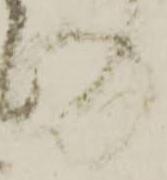
の